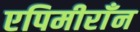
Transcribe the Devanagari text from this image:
एपिमीराँन